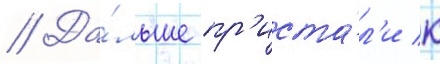
// Да́льше пр'иста́л'и к